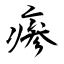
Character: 瘆